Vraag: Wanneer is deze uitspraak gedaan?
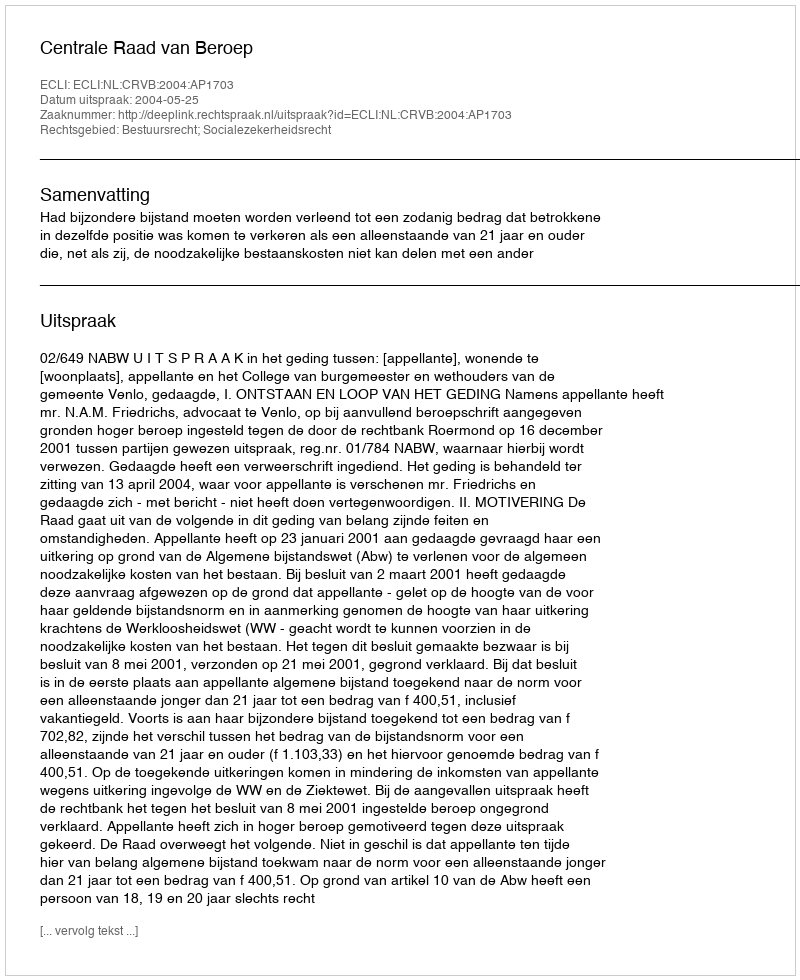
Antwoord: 2004-05-25